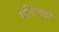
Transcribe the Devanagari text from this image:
वेदित्ब्बो